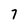
Character: 7